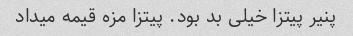
پنیر پیتزا خیلی بد بود. پیتزا مزه قیمه میداد